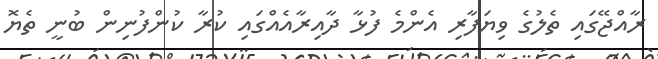
ރާއްޖޭގައި ތެލުގެ ވިޔަފާރި އެންމެ ފުޅާ ދާއިރާއެއްގައި ކުރާ ކުންފުނިން ބުނީ ތެޔޮ